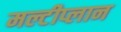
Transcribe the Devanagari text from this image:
मल्टीप्लान